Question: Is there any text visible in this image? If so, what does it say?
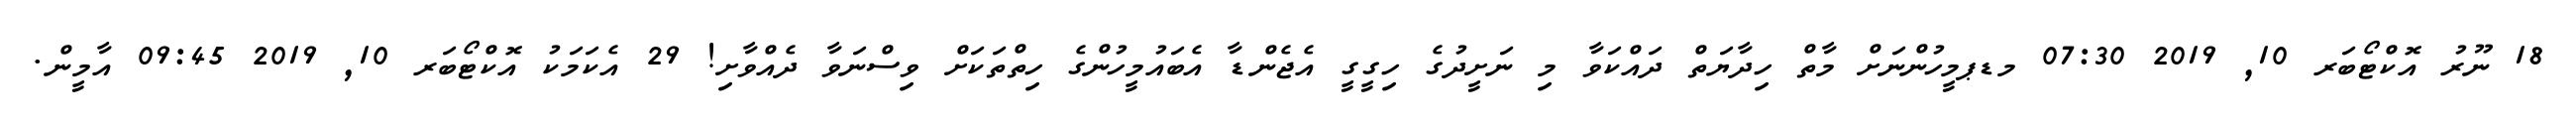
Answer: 18 ނޫރު އޮކްޓޯބަރ 10, 2019 07:30 މޑޕމީހުންނަށް މާތް ހިދާޔަތް ދައްކަވާ މި ނަށީދުގެ ހިގީގީ އެޖެންޑާ އެބައުމީހުންގެ ހިތްތަކަށް ވިސްނަވާ ދެއްވާށި! 29 އެކަމަކު އޮކްޓޯބަރ 10, 2019 09:45 އާމީން.